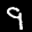
Label: 9